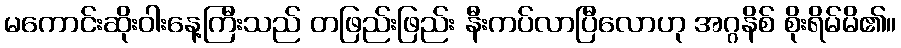
မကောင်းဆိုးဝါးနေ့ကြီးသည် တဖြည်းဖြည်း နီးကပ်လာပြီလောဟု အဂ္ဂနိစ် စိုးရိမ်မိ၏။